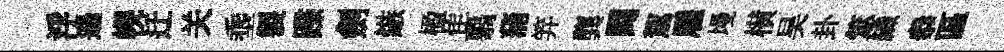
浮遜幌迁关埀製蹀劍鏃楹隹翳蒲笄龔闘駕雇墁横昊卦筮織叅區